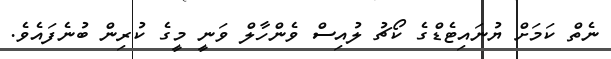
ނެތް ކަމަށް ޔުނައިޓެޑްގެ ކޯޗު ލުއިސް ވެންހާލް ވަނީ މީގެ ކުރިން ބުނެފައެވެ.